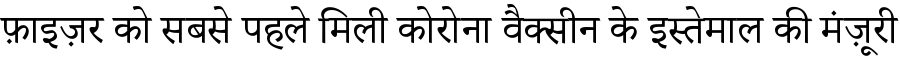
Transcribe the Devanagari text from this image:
फ़ाइज़र को सबसे पहले मिली कोरोना वैक्सीन के इस्तेमाल की मंज़ूरी